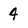
Character: 4